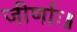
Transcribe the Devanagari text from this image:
जीर्णाः॥